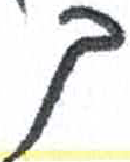
אות: ך